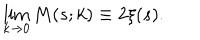
\lim _ { k \rightarrow 0 } M ( s ; k ) \equiv 2 \xi ( s ) .